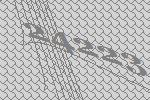
24223